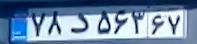
۷۸د۵۶۳۶۷